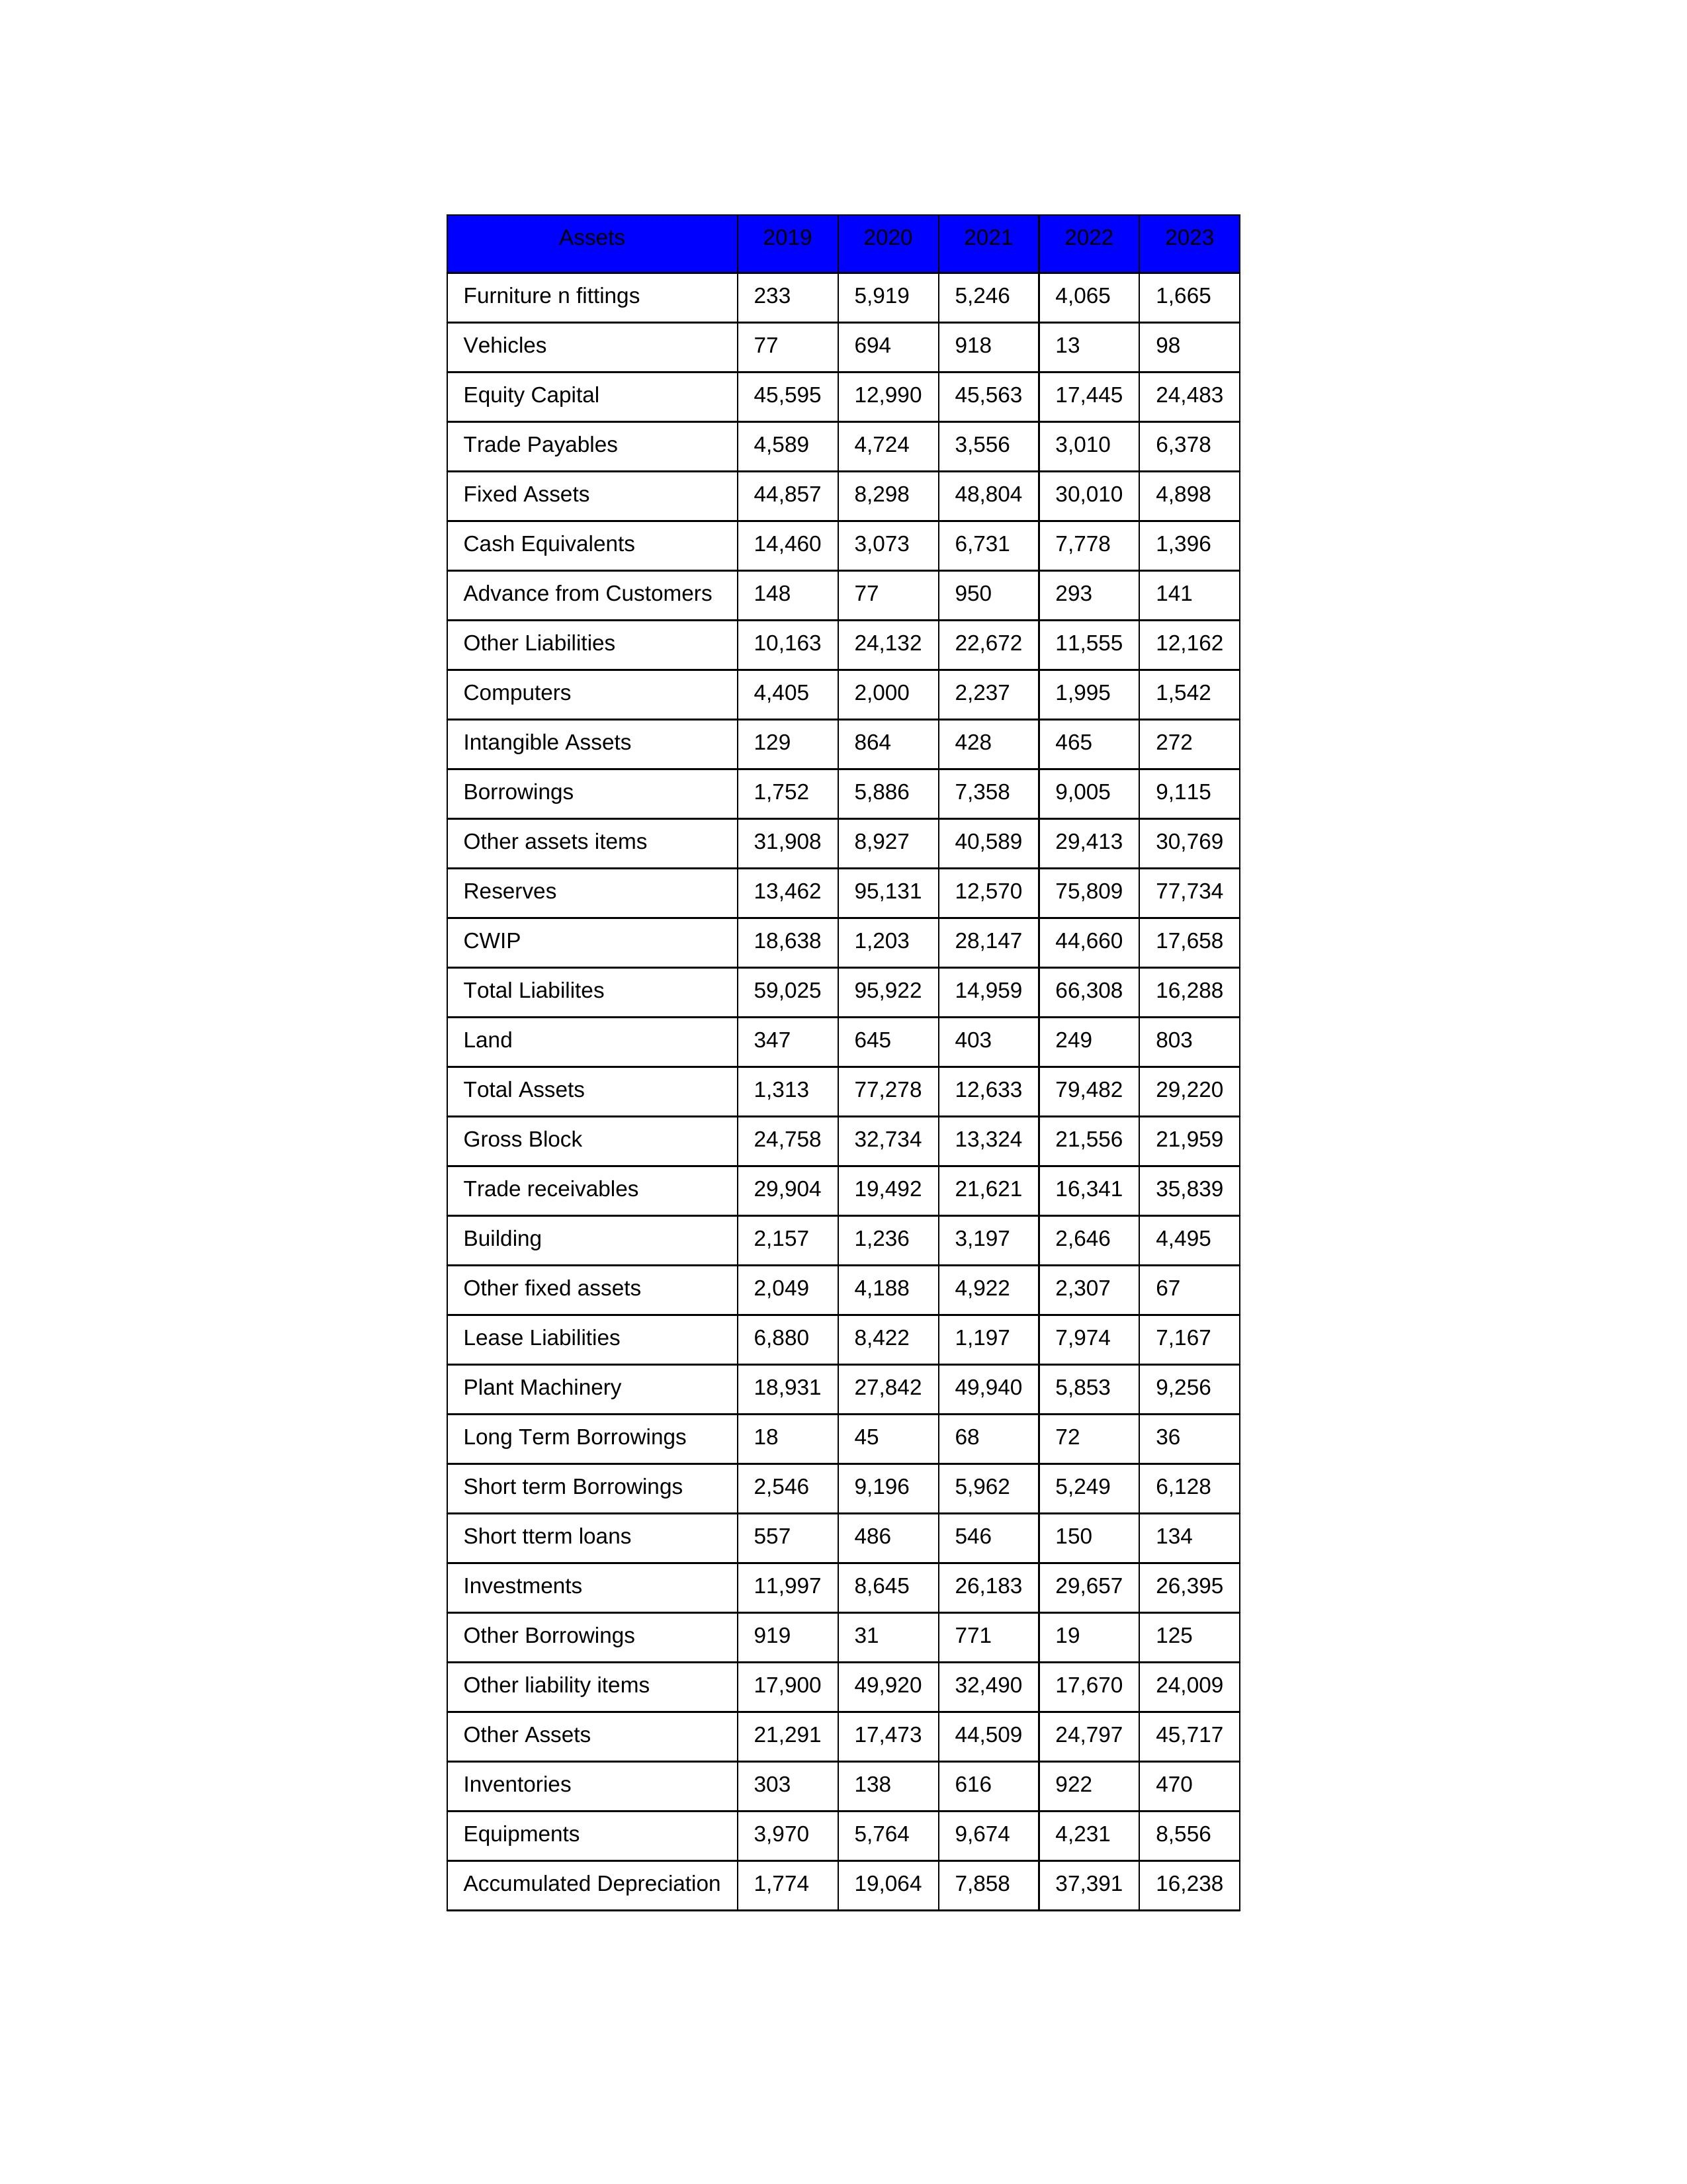
gt_parse: 2019: Equity Capital: 45,595
Reserves: 13,462
Borrowings: 1,752
Long Term Borrowings: 18
Short term Borrowings: 2,546
Lease Liabilities: 6,880
Other Borrowings: 919
Other Liabilities: 10,163
Trade Payables: 4,589
Advance from Customers: 148
Other liability items: 17,900
Total Liabilites: 59,025
Fixed Assets: 44,857
Land: 347
Building: 2,157
Plant Machinery: 18,931
Equipments: 3,970
Computers: 4,405
Furniture n fittings: 233
Vehicles: 77
Intangible Assets: 129
Other fixed assets: 2,049
Gross Block: 24,758
Accumulated Depreciation: 1,774
CWIP: 18,638
Investments: 11,997
Other Assets: 21,291
Inventories: 303
Trade receivables: 29,904
Cash Equivalents: 14,460
Short tterm loans: 557
Other assets items: 31,908
Total Assets: 1,313
2020: Equity Capital: 12,990
Reserves: 95,131
Borrowings: 5,886
Long Term Borrowings: 45
Short term Borrowings: 9,196
Lease Liabilities: 8,422
Other Borrowings: 31
Other Liabilities: 24,132
Trade Payables: 4,724
Advance from Customers: 77
Other liability items: 49,920
Total Liabilites: 95,922
Fixed Assets: 8,298
Land: 645
Building: 1,236
Plant Machinery: 27,842
Equipments: 5,764
Computers: 2,000
Furniture n fittings: 5,919
Vehicles: 694
Intangible Assets: 864
Other fixed assets: 4,188
Gross Block: 32,734
Accumulated Depreciation: 19,064
CWIP: 1,203
Investments: 8,645
Other Assets: 17,473
Inventories: 138
Trade receivables: 19,492
Cash Equivalents: 3,073
Short tterm loans: 486
Other assets items: 8,927
Total Assets: 77,278
2021: Equity Capital: 45,563
Reserves: 12,570
Borrowings: 7,358
Long Term Borrowings: 68
Short term Borrowings: 5,962
Lease Liabilities: 1,197
Other Borrowings: 771
Other Liabilities: 22,672
Trade Payables: 3,556
Advance from Customers: 950
Other liability items: 32,490
Total Liabilites: 14,959
Fixed Assets: 48,804
Land: 403
Building: 3,197
Plant Machinery: 49,940
Equipments: 9,674
Computers: 2,237
Furniture n fittings: 5,246
Vehicles: 918
Intangible Assets: 428
Other fixed assets: 4,922
Gross Block: 13,324
Accumulated Depreciation: 7,858
CWIP: 28,147
Investments: 26,183
Other Assets: 44,509
Inventories: 616
Trade receivables: 21,621
Cash Equivalents: 6,731
Short tterm loans: 546
Other assets items: 40,589
Total Assets: 12,633
2022: Equity Capital: 17,445
Reserves: 75,809
Borrowings: 9,005
Long Term Borrowings: 72
Short term Borrowings: 5,249
Lease Liabilities: 7,974
Other Borrowings: 19
Other Liabilities: 11,555
Trade Payables: 3,010
Advance from Customers: 293
Other liability items: 17,670
Total Liabilites: 66,308
Fixed Assets: 30,010
Land: 249
Building: 2,646
Plant Machinery: 5,853
Equipments: 4,231
Computers: 1,995
Furniture n fittings: 4,065
Vehicles: 13
Intangible Assets: 465
Other fixed assets: 2,307
Gross Block: 21,556
Accumulated Depreciation: 37,391
CWIP: 44,660
Investments: 29,657
Other Assets: 24,797
Inventories: 922
Trade receivables: 16,341
Cash Equivalents: 7,778
Short tterm loans: 150
Other assets items: 29,413
Total Assets: 79,482
2023: Equity Capital: 24,483
Reserves: 77,734
Borrowings: 9,115
Long Term Borrowings: 36
Short term Borrowings: 6,128
Lease Liabilities: 7,167
Other Borrowings: 125
Other Liabilities: 12,162
Trade Payables: 6,378
Advance from Customers: 141
Other liability items: 24,009
Total Liabilites: 16,288
Fixed Assets: 4,898
Land: 803
Building: 4,495
Plant Machinery: 9,256
Equipments: 8,556
Computers: 1,542
Furniture n fittings: 1,665
Vehicles: 98
Intangible Assets: 272
Other fixed assets: 67
Gross Block: 21,959
Accumulated Depreciation: 16,238
CWIP: 17,658
Investments: 26,395
Other Assets: 45,717
Inventories: 470
Trade receivables: 35,839
Cash Equivalents: 1,396
Short tterm loans: 134
Other assets items: 30,769
Total Assets: 29,220